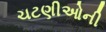
ચટણીઓની